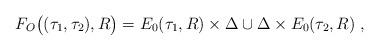
LaTeX: \begin{align*}F_O\bigl((\tau_1,\tau_2),R\bigr)=E_0(\tau_1,R)\times\Delta\cup \Delta\times E_0(\tau_2,R)\;,\end{align*}